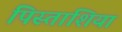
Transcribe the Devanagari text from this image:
पिस्ताशिया